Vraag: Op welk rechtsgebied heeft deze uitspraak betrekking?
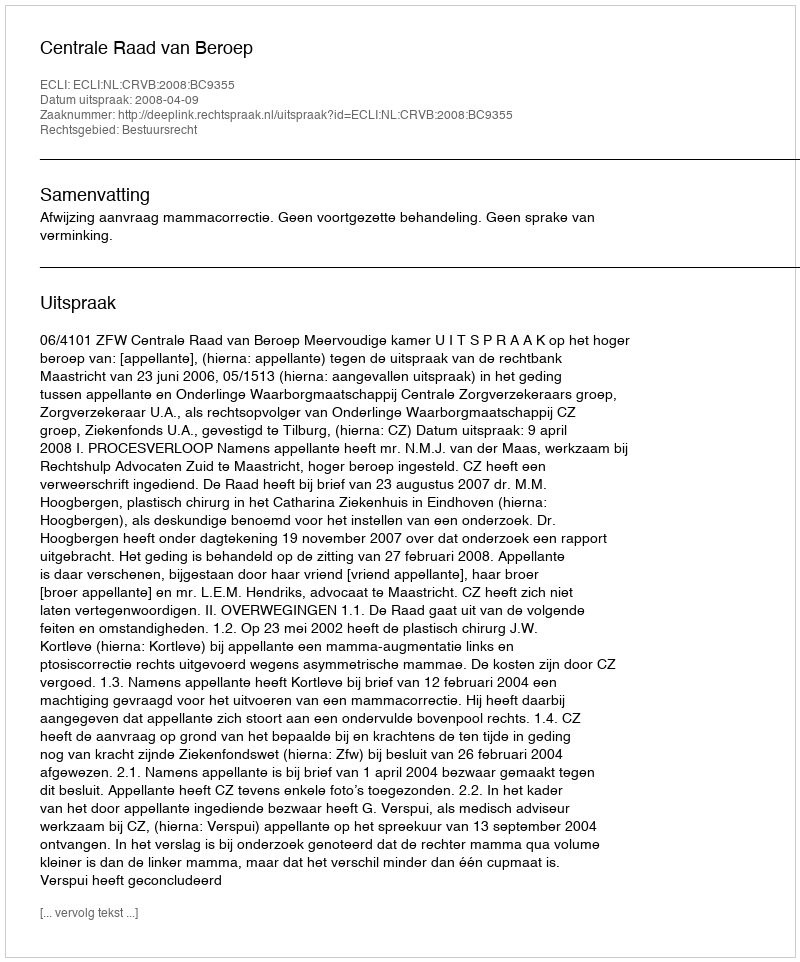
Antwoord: Bestuursrecht